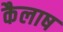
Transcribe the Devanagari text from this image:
कैलाष